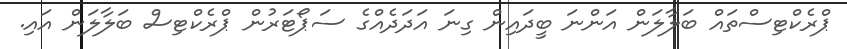
ޕްރެކްޓިސްތައް ބަލާލަން އަންނަ ބީދައިން ގިނަ އަދަދެއްގެ ސަޕޯޓަރުން ޕްރެކްޓިސް ބަލާލަން އައި.